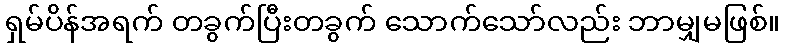
ရှမ်ပိန်အရက် တခွက်ပြီးတခွက် သောက်သော်လည်း ဘာမျှမဖြစ်။